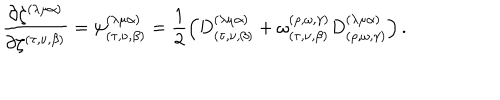
\frac { \partial \zeta ^ { ( \lambda \mu \alpha ) } } { \partial \zeta ^ { ( \tau , \nu , \beta ) } } = \psi _ { ( \tau , \nu , \beta ) } ^ { ( \lambda \mu \alpha ) } = \frac { 1 } { 2 } \left( D _ { ( \tau , \nu , \beta ) } ^ { ( \lambda \mu \alpha ) } + \omega _ { ( \tau , \nu , \beta ) } ^ { ( \rho , \omega , \gamma ) } D _ { ( \rho , \omega , \gamma ) } ^ { ( \lambda \mu \alpha ) } \right) .